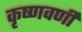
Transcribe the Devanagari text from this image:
कृष्णवर्णी